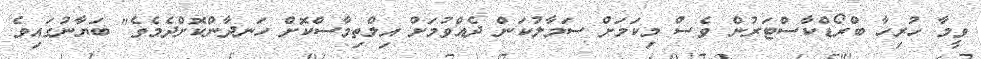
ވީމާ ހުރިހާ ބްރޯޑްކާސްޓަރުން ވެސް މިކަމަށް ސަމާލުކަން ދެއްވުމަށް އިލްތިމާސްކޮށް ހަނދާންކޮށްދެމެވެ" ބަޔާނުގައިވެ